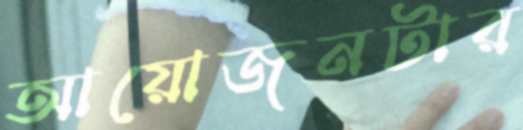
আয়োজনটার